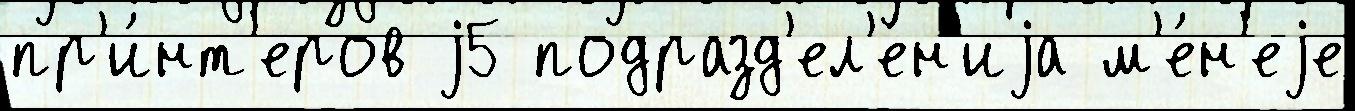
пр'и́нт'еров j5 подразд'ел'е́н'иjа м'е́н'еjе